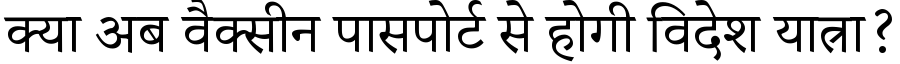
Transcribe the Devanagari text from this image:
क्या अब वैक्सीन पासपोर्ट से होगी विदेश यात्रा?